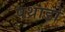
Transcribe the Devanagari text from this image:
पथ्राडो